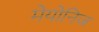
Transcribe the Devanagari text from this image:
मेयोनिज